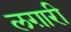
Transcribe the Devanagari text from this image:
लग़ारी